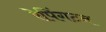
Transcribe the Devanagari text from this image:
रेपिंगटन